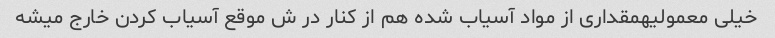
خیلی معمولیهمقداری از مواد آسیاب شده هم از کنار در ش موقع آسیاب کردن خارج میشه